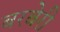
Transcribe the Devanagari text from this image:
बरबेरी